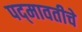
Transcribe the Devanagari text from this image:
पद्‍मावतीचे